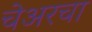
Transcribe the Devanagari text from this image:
चेअरचा